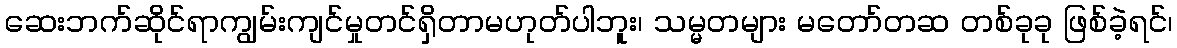
ဆေးဘက်ဆိုင်ရာကျွမ်းကျင်မှုတင်ရှိတာမဟုတ်ပါဘူး၊ သမ္မတများ မတော်တဆ တစ်ခုခု ဖြစ်ခဲ့ရင်၊